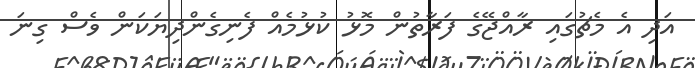
އަދި އެ މެޗުގައި ރާއްޖޭގެ ފަރާތުން މޮޅު ކުޅުމެއް ފެނިގެންދިޔަކަން ވެސް ގިނަ